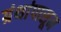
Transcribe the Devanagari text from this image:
ग्रंथांपासून